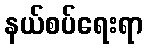
နယ်စပ်ရေးရာ